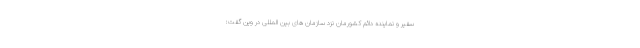
سفیر و نماینده دائم کشورمان نزد سازمان های بین المللی در وین گفت: